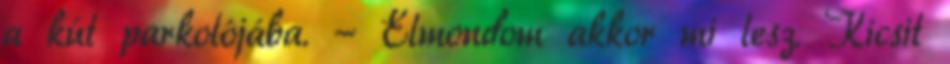
a kút parkolójába. - Elmondom akkor mi lesz. Kicsit